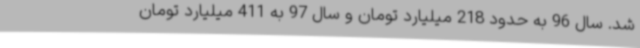
شد. سال 96 به حدود 218 میلیارد تومان و سال 97 به 411 میلیارد تومان